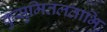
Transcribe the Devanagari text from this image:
कुसुमितलताभिः